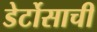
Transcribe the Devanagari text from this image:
डेर्टोसाची